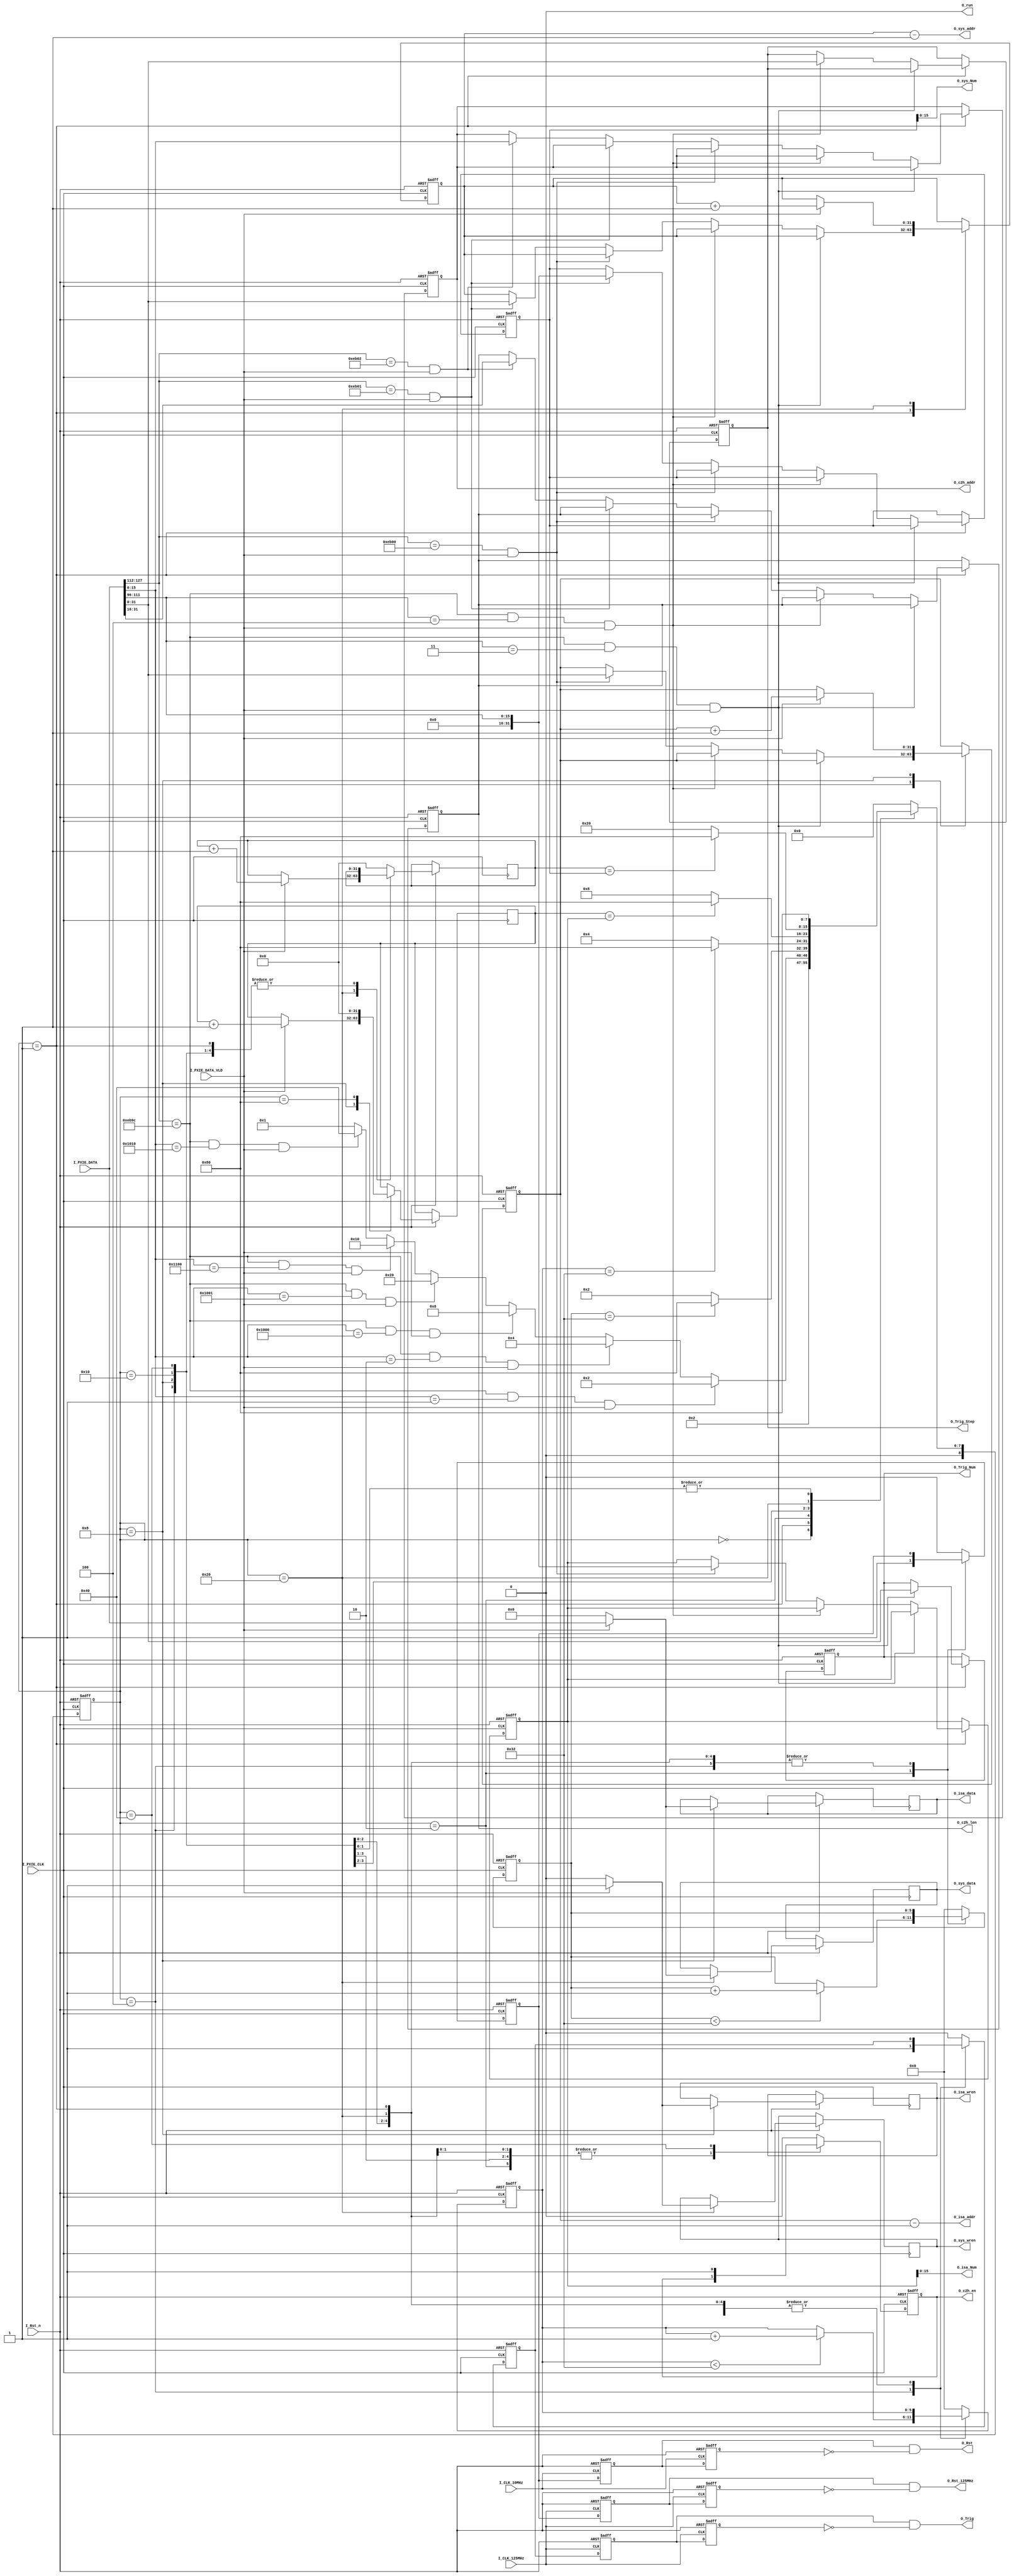
module PXIE_RX_DATA(
	input			I_PXIE_CLK	,
	input[127:0]	I_PXIE_DATA	,
	input			I_PXIE_DATA_VLD	,
	input			I_Rst_n	,
	input			I_CLK_10MHz,
	input			I_CLK_125MHz,
	output			O_Rst	,
	output 			O_Rst_125MHz,
	output			O_Trig	,
	output[31:0]	O_Trig_Num	,
	output[31:0]	O_Trig_Step ,
	//
	output 			O_run,
	output[15:0] 	O_isa_Num ,
	output[31:0] 	O_isa_addr,
	output[127:0] 	O_isa_data,
	output 			O_isa_wren,

	output[15:0] 	O_sys_Num ,
	output[31:0] 	O_sys_addr,
	output[127:0] 	O_sys_data,
	output 			O_sys_wren,

	output[15:0] 	O_c2h_addr,
	output[15:0] 	O_c2h_len,
	output		 	O_c2h_en
    );

// 有限状态机,通读可以知道哪一部分是对应的什么数据

parameter [8:0]	ST_IDLE		= 9'b0_0000_0000;
parameter [8:0]	ST_HEAD		= 9'b0_0000_0001;
parameter [8:0]	ST_RST	    = 9'b0_0000_0010;
parameter [8:0]	ST_TRIG	    = 9'b0_0000_0100;
parameter [8:0] ST_ISA 		= 9'b0_0000_1000;
parameter [8:0] ST_ISA_run  = 9'b0_0001_0000;
parameter [8:0] ST_SRAM 	= 9'b0_0010_0000;
parameter [8:0]	ST_READCFG 	= 9'b0_0100_0000;
parameter [8:0]	ST_DONE	    = 9'b0_1000_0000;








reg[8:0]	R_State				;
reg[8:0]	R_NextState			;
reg[127:0]	R1_PXIE_DATA		;
reg[127:0]	R_PXIE_DATA			;
reg			R1_PXIE_DATA_VLD	;
reg			R_PXIE_DATA_VLD		;


reg			R_Rst				;
reg			R1_Rst				;
reg			R2_Rst				;
reg			R1_Rst_125MHz		;
reg			R2_Rst_125MHz		;

reg			R_Trig				;
reg			R1_Trig				;
reg			R2_Trig				;
reg 		R1_run 				;
reg 		R2_run 				;
reg[5:0]	R_Rst_Cnt			;
reg[5:0]	R_Trig_Cnt			;
reg[5:0] 	isa_run_cnt 		;

reg 		R_run 				;
reg[31:0]	O_Trig_Num			;
reg[31:0]	O_Trig_Step			;

reg[31:0] 	R_ISA_Num 			;
reg[31:0] 	R_ISA_Cnt 			;
reg[31:0]   isa_ram_addr 		;
reg  		isa_ram_wren 		;
reg[127:0] 	isa_ram_data 		;

reg[31:0] 	R_SRAM_Num 			;
reg[31:0] 	R_SRAM_Cnt 			;
reg[31:0] 	sys_ram_addr 		;
reg  		sys_ram_wren 		;
reg[127:0] 	sys_ram_data 		;

reg[15:0] 	c2h_addr;
reg[15:0] 	c2h_len;
reg 		c2h_en;

//*****************************************PXIE data to fifo****************125M TO 250M***********************


always @ (posedge I_PXIE_CLK or negedge I_Rst_n)
begin
	if(~I_Rst_n)
	begin
		R_State	<=	ST_IDLE	;
		R_PXIE_DATA	<=	128'd0	;
		R1_PXIE_DATA	<=	128'd0	;
		R_PXIE_DATA_VLD	<=	1'b0	;
		R1_PXIE_DATA_VLD	<=	1'b0	;
	end
	else
	begin
		R_State	<=	R_NextState	;
		R_PXIE_DATA	<=	I_PXIE_DATA	;
		R1_PXIE_DATA	<=	R_PXIE_DATA	;
		R_PXIE_DATA_VLD	<=	I_PXIE_DATA_VLD	;
		R1_PXIE_DATA_VLD	<=	R_PXIE_DATA_VLD	;
	end
end


always @(*)
begin
	case(R_State)
		ST_IDLE:
		begin
			R_NextState	=	ST_HEAD	;
		end


		ST_HEAD:
		begin
			if((I_PXIE_DATA[127:112] == 16'heb9c)&&(I_PXIE_DATA[15:0] == 16'h0001)&&(I_PXIE_DATA_VLD))
			begin
				R_NextState	=	ST_RST	;
			end
			else if((I_PXIE_DATA[127:112] == 16'heb9c)&&(I_PXIE_DATA[15:0] == 16'h0002)&&(I_PXIE_DATA_VLD))
			begin
				R_NextState	=	ST_TRIG	;
			end
			else if((I_PXIE_DATA[127:112] == 16'heb9c)&&(I_PXIE_DATA[15:0] == 16'h1000)&&(I_PXIE_DATA_VLD))
			begin
				R_NextState	=	ST_ISA	;
			end
			else if((I_PXIE_DATA[127:112] == 16'heb9c)&&(I_PXIE_DATA[15:0] == 16'h1001)&&(I_PXIE_DATA_VLD))
			begin
				R_NextState	=	ST_SRAM	;
			end
			else if((I_PXIE_DATA[127:112] == 16'heb9c)&&(I_PXIE_DATA[15:0] == 16'h1100)&&(I_PXIE_DATA_VLD))
			begin
				R_NextState	=	ST_ISA_run	;
			end
			else if((I_PXIE_DATA[127:112] == 16'heb9c)&&(I_PXIE_DATA[15:0] == 16'h1010)&&(I_PXIE_DATA_VLD))
			begin
				R_NextState = 	ST_READCFG ;
			end
			else
			begin
				R_NextState	=	ST_HEAD		;
			end
		end

		ST_RST:
		begin
			if(R_Rst_Cnt == 6'd50)
			begin
				R_NextState	=	ST_DONE	;
			end
			else
				R_NextState	= ST_RST	;
		end

		ST_TRIG:
		begin
			if(R_Trig_Cnt == 6'd50)
			begin
				R_NextState	=	ST_DONE	;
			end
			else
				R_NextState	= ST_TRIG	;
		end

		ST_ISA:
		begin
			if(R_ISA_Cnt == R_ISA_Num)
			begin
				R_NextState = ST_DONE;
			end else
				R_NextState = ST_ISA;
		end

		ST_SRAM:
		begin
			if(R_SRAM_Cnt == R_SRAM_Num)
			begin
				R_NextState = ST_DONE;
			end else
				R_NextState = ST_SRAM;
		end

		ST_ISA_run:
		begin
			R_NextState	=	ST_DONE	;
		end

		ST_READCFG:
		begin
			R_NextState	=	ST_DONE	;
		end

		ST_DONE:
		begin
			R_NextState	=	ST_IDLE	;
		end

		default:	R_NextState	=	ST_IDLE	;
	endcase
end


always	@ (posedge I_PXIE_CLK or negedge I_Rst_n)
begin
	if(~I_Rst_n)
	begin
		R_Rst		<=	1'b0	;
		R_Trig		<=	1'b0	;
		R_Rst_Cnt	<=	6'd0	;
		R_Trig_Cnt	<=	6'd0	;
		isa_run_cnt <=  6'b0 	;
		O_Trig_Num	<=	32'd0	;
		O_Trig_Step	<=	32'd0	;
		R_ISA_Num 	<=  16'd0 	;
		R_SRAM_Num 	<=  16'd0 	;
		isa_ram_addr<=  32'd0 	;
		sys_ram_addr<=  32'd0 	;
		R_run 		<=  1'b0 	;
		c2h_addr 	<= 	16'h0;
		c2h_len 	<= 	16'h0;
		c2h_en 		<= 	1'b0;
	end
	else
	begin
		case(R_State)
			ST_IDLE:
			begin
				R_Rst		<=	1'b0	;
				R_Trig		<=	1'b0	;
				R_Rst_Cnt	<=	6'd0	;
				R_Trig_Cnt	<=	6'd0	;
				isa_run_cnt <=  6'b0 	;
				R_run 		<=  1'b0 	;
				c2h_addr 	<= 	c2h_addr;
				c2h_len 	<= 	c2h_len;
				c2h_en 		<= 	1'b0;
				O_Trig_Num	<=	O_Trig_Num	;
				O_Trig_Step	<=	O_Trig_Step	;
				isa_ram_addr<=  isa_ram_addr;
				sys_ram_addr<=  sys_ram_addr;
				R_ISA_Num   <=  R_ISA_Num;
				R_SRAM_Num 	<=  R_SRAM_Num;
			end

			ST_HEAD:
			begin
				if((I_PXIE_DATA[127:112] == 16'heb9c)&&(I_PXIE_DATA[111:96] == 16'h0003)&&(I_PXIE_DATA_VLD))
				begin
					O_Trig_Num  <= I_PXIE_DATA[31:0]	;
				end
				else if((I_PXIE_DATA[127:112] == 16'heb9c)&&(I_PXIE_DATA[111:96] == 16'h0004)&&(I_PXIE_DATA_VLD))
				begin
					O_Trig_Step <= I_PXIE_DATA[31:0]	;
				end
				else if((I_PXIE_DATA[127:112] == 16'heb00)&&(I_PXIE_DATA_VLD))
				begin
					isa_ram_addr <= I_PXIE_DATA[31:0]	;
					R_ISA_Num    <= I_PXIE_DATA[111:96]	;
				end
				else if((I_PXIE_DATA[127:112] == 16'heb01)&&(I_PXIE_DATA_VLD))
				begin
					sys_ram_addr <= I_PXIE_DATA[31:0]	;
					R_SRAM_Num    <= I_PXIE_DATA[111:96]	;
				end
				// 此处还不太懂c2h_addr和c2h_len的具体作用
				else if((I_PXIE_DATA[127:112] == 16'heb02)&&(I_PXIE_DATA_VLD))
				begin
					c2h_addr 	<= 	I_PXIE_DATA[15:0];
					c2h_len 	<= 	I_PXIE_DATA[31:16];
				end
				else
				begin
					c2h_addr 	<= 	c2h_addr;
					c2h_len 	<= 	c2h_len;
					O_Trig_Num	<=	O_Trig_Num	;
					O_Trig_Step	<=	O_Trig_Step	;
				end
			end


			ST_RST:
			begin
				R_Rst	<=	1'b1	;
				if(R_Rst_Cnt < 6'd50)
				begin
					R_Rst_Cnt	<=	R_Rst_Cnt	+ 	1'b1	;
				end
				else
				begin
					R_Rst_Cnt	<=	R_Rst_Cnt	;
				end
			end

			ST_TRIG:
			begin
				R_Trig	<=	1'b1	;
				O_Trig_Num	<=	O_Trig_Num	;
				O_Trig_Step	<=	O_Trig_Step	;
				if(R_Trig_Cnt < 6'd50)
				begin
					R_Trig_Cnt	<=	R_Trig_Cnt	+ 	1'b1	;
				end
				else
				begin
					R_Trig_Cnt	<=	R_Trig_Cnt	;
				end
			end

			ST_ISA:
			begin
				if (I_PXIE_DATA_VLD)
				begin
					isa_ram_wren <= 1'b1;
					isa_ram_data <= I_PXIE_DATA;
					R_ISA_Cnt 	 <= R_ISA_Cnt + 1'b1;
					isa_ram_addr <= isa_ram_addr + 1'b1;
				end else begin
					isa_ram_wren <= 1'b0;
					isa_ram_data <= 128'h0;
					R_ISA_Cnt 	 <= R_ISA_Cnt;
					isa_ram_addr <= isa_ram_addr;
				end
			end

			ST_SRAM:
			begin
				if (I_PXIE_DATA_VLD)
				begin
					sys_ram_wren <= 1'b1;
					sys_ram_data <= I_PXIE_DATA;
					R_SRAM_Cnt 	 <= R_SRAM_Cnt + 1'b1;
					sys_ram_addr <= sys_ram_addr + 1'b1;
				end else begin
					sys_ram_wren <= 1'b0;
					sys_ram_data <= 128'h0;
					R_SRAM_Cnt 	 <= R_SRAM_Cnt;
					sys_ram_addr <= sys_ram_addr;
				end
			end

			ST_ISA_run:
			begin
				R_run 		<=  1'b1 	;
				if(isa_run_cnt < 6'd50)
				begin
					isa_run_cnt	<=	isa_run_cnt	+ 	1'b1	;
				end
				else
				begin
					isa_run_cnt	<=	isa_run_cnt	;
				end
			end

			ST_READCFG:
			begin
				c2h_en 		<= 	1'b1;
			end
			ST_DONE:
			begin
				R_Rst		<=	1'b0	;
				R_Trig		<=	1'b0	;
				R_run 		<=  1'b0 	;
				R_Rst_Cnt	<=	6'd0	;
                R_Trig_Cnt	<=	6'd0	;
                isa_run_cnt <=  6'b0 	;
                R_ISA_Cnt   <=  32'd0 	;
                R_SRAM_Cnt 	<=  32'd0 	;
				O_Trig_Num	<=	O_Trig_Num	;
				O_Trig_Step	<=	O_Trig_Step	;
				c2h_addr 	<= 	c2h_addr;
				c2h_len 	<= 	c2h_len;
				c2h_en 		<= 	1'b0;
			end

			default:
			begin
				R_Rst		<=	1'b0	;
				R_Trig		<=	1'b0	;
				R_run 		<=  1'b0 	;
				R_Rst_Cnt	<=	6'd0	;
				isa_run_cnt <=  6'b0 	;
                R_Trig_Cnt	<=	6'd0	;
                R_SRAM_Cnt 	<=  32'd0 	;
				O_Trig_Num	<=	O_Trig_Num	;
				O_Trig_Step	<=	O_Trig_Step	;
				c2h_addr 	<= 	c2h_addr;
				c2h_len 	<= 	c2h_len;
				c2h_en 		<= 	1'b0;
			end
		endcase
	end
end



always @ (posedge I_CLK_10MHz or negedge I_Rst_n)
begin
	if(~I_Rst_n)
	begin
		R1_Rst	<=	1'b0	;
		R2_Rst	<=	1'b0	;
	end
	else
	begin
		R1_Rst	<=	R_Rst	;
		R2_Rst	<=	R1_Rst	;
	end
end

// pulse_syn_fast2s pulse_syn_fast2s_inst(
//     .rstn           (I_Rst_n),
//     .clk_fast       (I_PXIE_CLK),
//     .pulse_fast     (R_Rst),
//     .clk_slow       (I_CLK_10mhz),
//     .pulse_slow     (O_Rst)
// 	);

always @ (posedge I_CLK_125MHz or negedge I_Rst_n)
begin
	if(~I_Rst_n)
	begin
		R1_Trig	<=	1'b0	;
		R2_Trig	<=	1'b0	;
		R1_run  <=  1'b0 	;
		R2_run  <=  1'b0 	;
		R1_Rst_125MHz	<=	1'b0	;
		R2_Rst_125MHz	<=	1'b0	;
	end
	else
	begin
		R1_Trig	<=	R_Trig	;
		R2_Trig	<=	R1_Trig	;
		R1_run  <=  R_run 	;
		R2_run 	<= 	R1_run 	;
		R1_Rst_125MHz	<=	R_Rst	;
		R2_Rst_125MHz	<=	R1_Rst_125MHz	;
	end
end


assign O_run 		=   1'b0 	; //R1_run
// assign O_run 		=   R1_run && ~R2_run 	;
assign O_Rst		=	R1_Rst && ~R2_Rst	;
assign O_Rst_125MHz	=	R1_Rst_125MHz && ~R2_Rst_125MHz	;
// assign O_Rst        =   R2_Rst;
assign O_Trig		=   R1_Trig && ~R2_Trig	;
assign O_isa_Num 	= 	R_ISA_Num;
assign O_isa_addr	= 	isa_ram_addr - 1'b1;
assign O_isa_data 	= 	isa_ram_data;
assign O_isa_wren 	= 	isa_ram_wren;

assign O_sys_Num 	= 	R_SRAM_Num;
assign O_sys_addr	= 	sys_ram_addr - 1'b1;
assign O_sys_data 	= 	sys_ram_data;
assign O_sys_wren 	= 	sys_ram_wren;

assign O_c2h_addr 	= 	c2h_addr;
assign O_c2h_len 	= 	c2h_len;
assign O_c2h_en 	= 	c2h_en;


endmodule